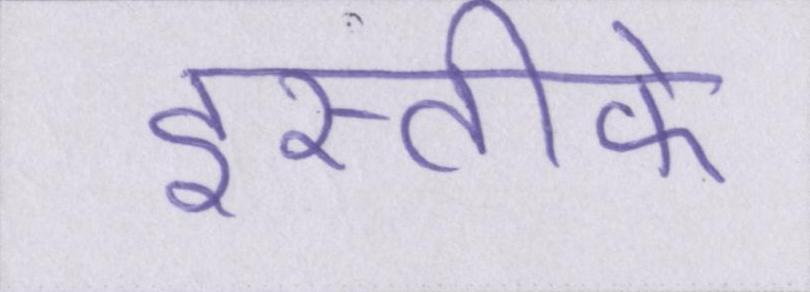
इस्तीफे